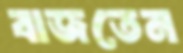
বাজতেন